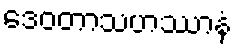
ဒေဝတာသဟဿာနံ